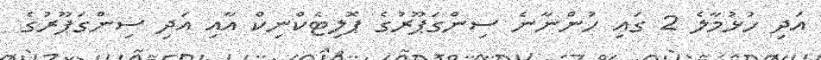
އަދި ހުޅުމާލެ 2 ގައި ހުންނާނެ ސިންގަޕޫރުގެ ޕޮލިޓެކްނިކް އާއި އަދި ސިންގަޕޫރުގެ